Annual vaccination report of Bihar and Orissa - 1911-1928
Year: 1911
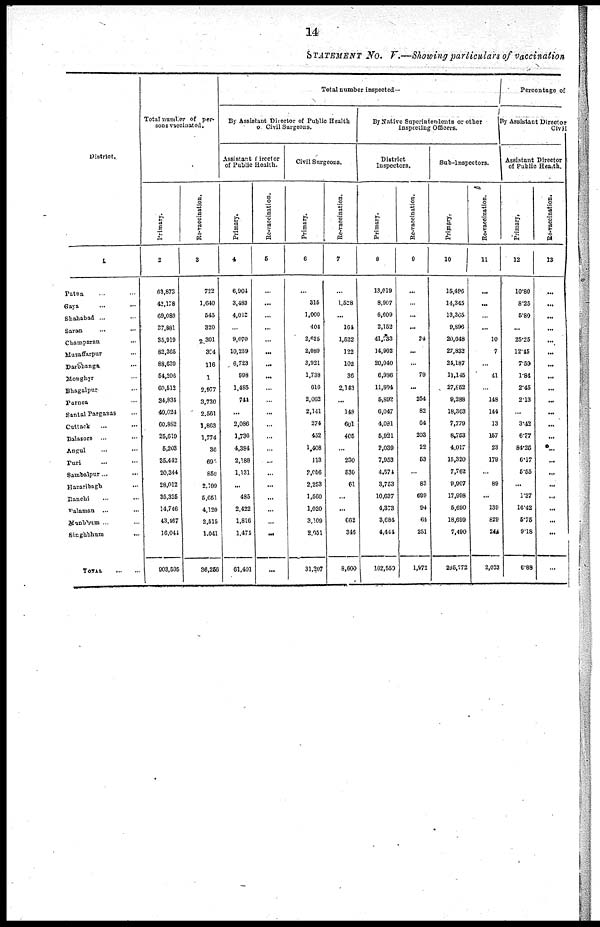
14
STATEMENT NO. V.—Showing particulars of vaccination
District.
1
Patna ... ...
Gaya ... ...
Shahabad ... ...
Saram ... ...
Champaran ... ...
Muzaffarpur ...
Darbhanga ...
Monghyr ...
Bhagalpur ...
Purnea ...
Santal Parganas ...
Cuttack ... ...
Balasore ... ...
Angul ... ...
Puri ... ...
Sambalpur ... ...
Hazaribagh ...
Ranchi ... ...
Palaman
...
...
Manbhum ... ...
Singhbhum ...
TOTAL
...
...
Total number of per-
sons vaccinated.
Primary.
2
63,873
42,178
69,080
37,881
35,919
82,365
88,639
54,206
60,512
34,834
40,024
60,882
25,619
5,203
35,442
20,344
28,012
35,325
14,746
43,467
16,044
903,595
Re-vaccination.
3
722
1,640
545
320
2,301
394
116
1
2,977
3,730
2,561
1,863
1,774
30
690
859
2,199
5,651
4,120
2,515
1,041
36,256
Total number inspected—
By Assistant Director of Public Health
of Civil Surgeons.
Assistant Direct or
of Public Health.
Primary.
4
6,904
3,483
4,012
...
9,070
10,259
6,723
998
1,485
741
...
2,086
1,736
4,384
2,188
1,131
...
485
2,422
1,816
1,471
61,401
Re-vaccination.
5
...
...
...
...
...
...
...
...
...
...
...
...
...
...
...
...
...
...
...
...
...
...
Civil Surgeons.
Primary.
6
...
315
1,000
404
2,625
2,089
3,921
1,738
616
2,062
2,141
274
452
1,408
113
2,056
2,253
1,560
1,020
3,109
2,051
31,207
Re-vaccination.
7
...
1,528
...
164
1,522
122
102
36
2,143
...
148
60l
405
...
230
530
61
...
...
662
346
8,600
By Native Superintendents or other
Inspecting Officers.
District
Inspectors.
Primary.
8
13,019
8,907
6,609
2,152
41,733
14,902
20,040
6,986
11,804
5,892
6,047
4,081
5,921
2,039
7,953
4,574
3,753
10,637
4,373
3,684
4,444
162,550
Re-vaccination.
9
...
...
...
...
24
...
...
79
...
254
82
64
203
22
53
...
83
699
94
64
251
1,972
Sub-Inspectors.
Primary.
10
15,496
14,345
13,365
9,896
20,648
27,832
24,187
11,145
27,852
9,288
18,303
7,779
8,753
4,017
15,320
7,762
9,907
17,998
5,690
18,699
7,490
295,772
Re-vaccination.
11
...
...
...
...
10
7
...
41
...
148
144
13
157
23
179
...
89
...
139
829
244
2,023
Percentage of
By Assistant Director
Civil
Assistant Director
of Public Health.
Primary.
12
10.80
8.25
5.80
...
25.25
12.45
7.59
1.84
2.45
2.13
...
3.42
6.77
84.25
6.17
5.55
...
1.37
16.42
5.75
9.18
6.88
Re-vaccination.
13
...
...
...
...
...
...
...
...
...
...
...
...
...
...
...
...
...
...
...
...
...
...